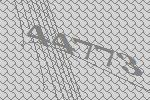
44773